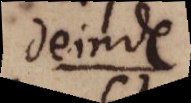
deinde